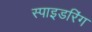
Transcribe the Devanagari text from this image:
स्पाइडरिंग